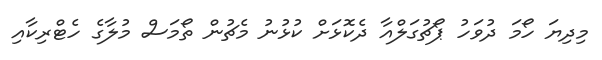
މިދިޔަ ހޯމަ ދުވަހު ޕޯޗުގަލްއާ ދެކޮޅަށް ކުޅުނު މެޗުން ތޯމަސް މުލާގެ ހެޓްރިކާއި